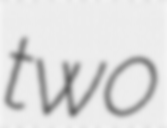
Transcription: two